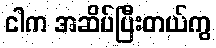
ငါက အဆိပ်ပြီးတယ်ကွ